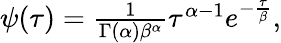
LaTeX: \begin{array}{r}{\psi(\tau)=\frac{1}{\Gamma(\alpha)\beta^{\alpha}}\tau^{\alpha-1}e^{-\frac{\tau}{\beta}},}\end{array}